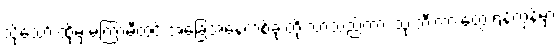
သို့သော် ထိုမှ မကြာမီတွင် အခြေအနေတစ်ခု တိုးလာသည်ကား သုံးဘီးကားတွေ ရန်ကုန်မှာ